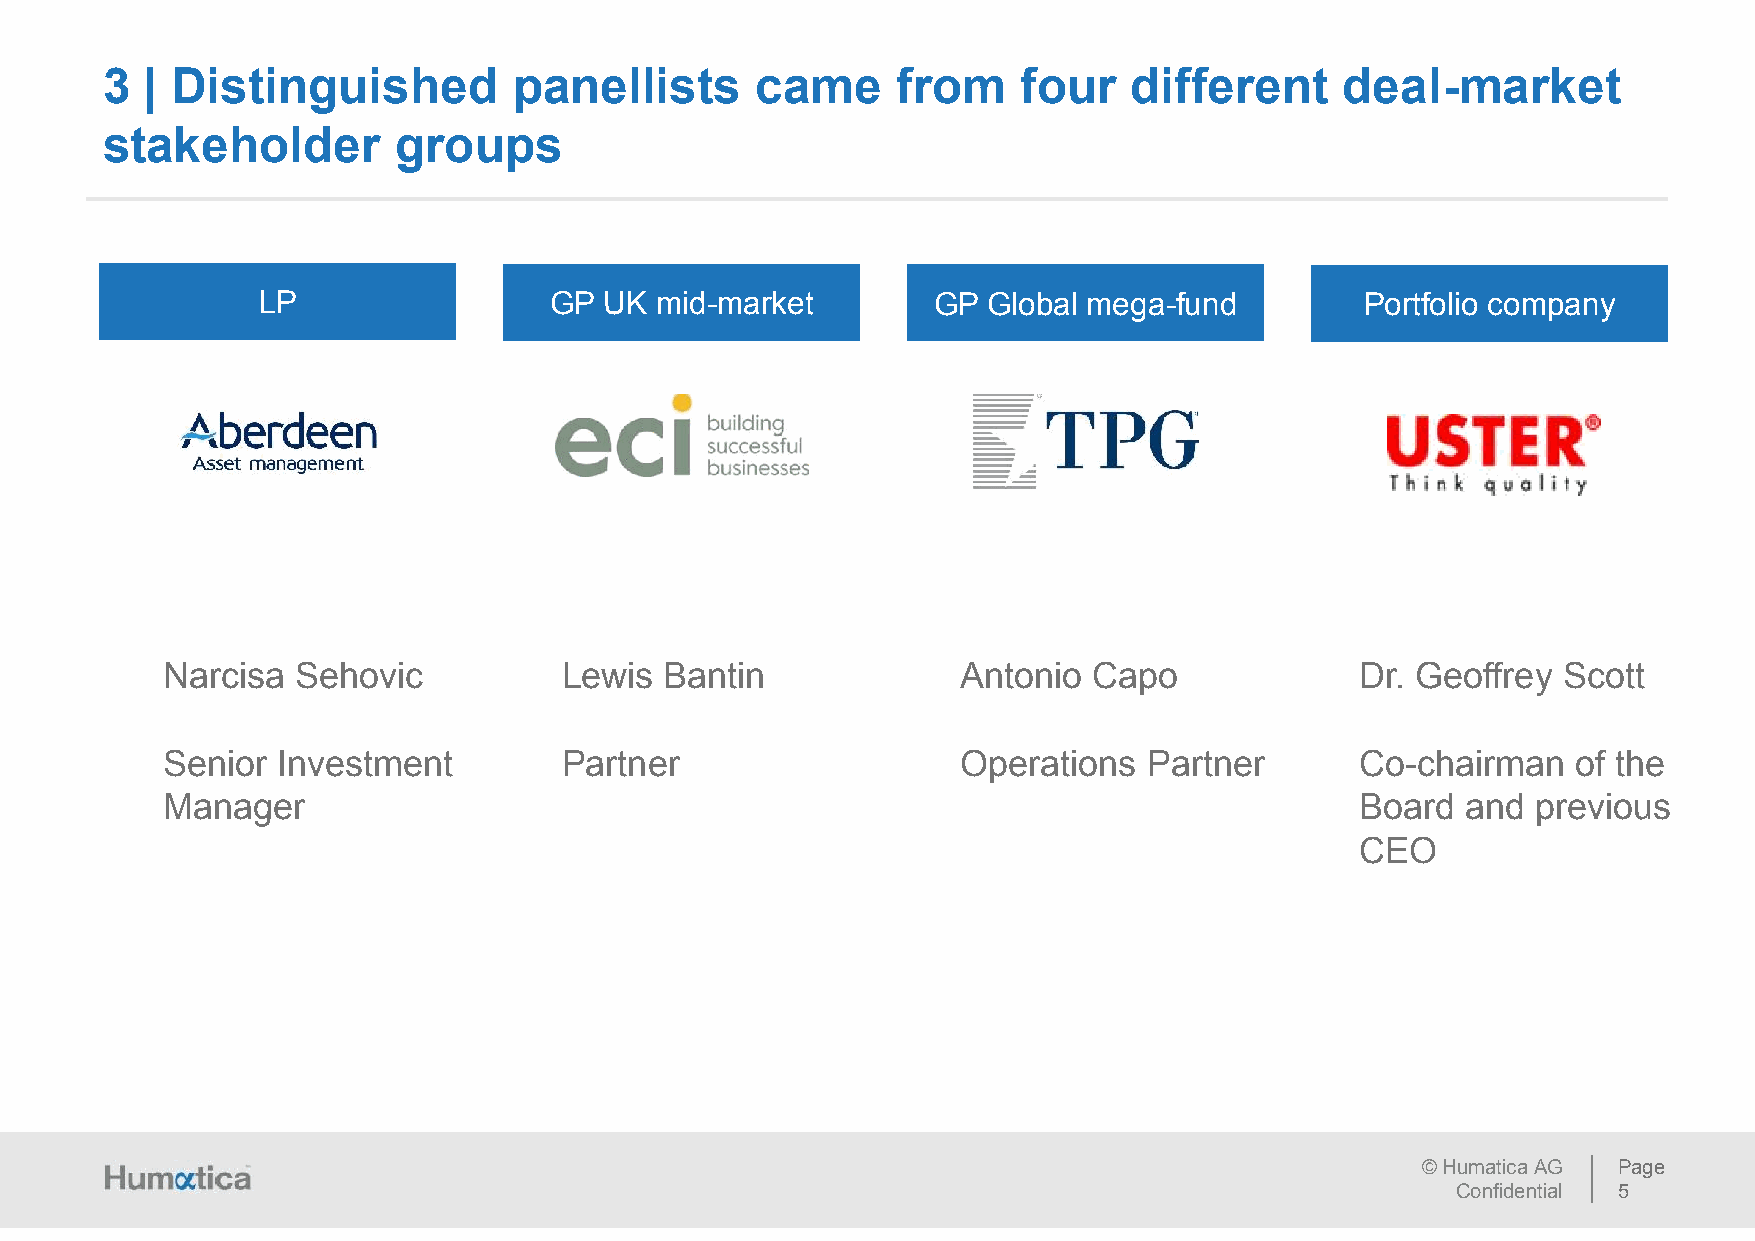
3  | Distinguished         panellists      came     from     four   different     deal-market
 stakeholder        groups
 LP                 GP  UK mid-market         GP Global mega-fund         Portfolio company
 Narcisa  Sehovic          Lewis  Bantin              Antonio Capo              Dr. Geoffrey Scott
 Senior Investment         Partner                    Operations  Partner       Co-chairman   of the
 Manager                                                                        Board  and  previous
 CEO
 © Humatica AG Page
 Confidential 5